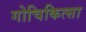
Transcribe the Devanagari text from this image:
गोचिकित्सा